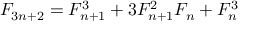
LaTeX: F _ { 3 n + 2 } = F _ { n + 1 } ^ { 3 } + 3 F _ { n + 1 } ^ { 2 } F _ { n } + F _ { n } ^ { 3 }